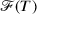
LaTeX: { \mathcal { F } } ( T )